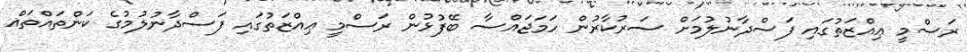
ރަސްމީ ޢިއްޒަތުގައި ފަސްދާނުލުމަށް ސަރުކާރުން ހަމަޖައްސާ ބޭފުޅުން ރަސްމީ ޢިއްޒަތުގައި ފަސްދާނުލުމުގެ ކަންތައްތައް